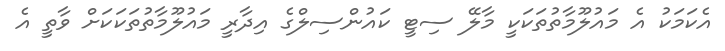
އެކަމަކު އެ މައުލޫމާތުތަކަކީ މާލޭ ސިޓީ ކައުންސިލްގެ އިދާރީ މައުލޫމާތުތަކަކަށް ވާތީ އެ